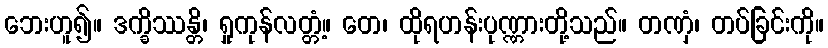
ဘေးဟူ၍။ ဒက္ခိဿန္တိ၊ ရှုကုန်လတ္တံ့။ တေ၊ ထိုရဟန်းပုဏ္ဏားတို့သည်။ တဏှံ၊ တပ်ခြင်းကို။